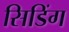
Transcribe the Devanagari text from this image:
सिडिंग